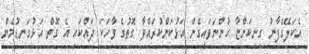
އެކަލޭގެފާނު ގިނިކަންޏާ ހުންނަވައިގެން އަޅުކަންކުރައްވާ ގޮތުގެ ވާހަކަ ދައްކައި އެ ގޮތް އަޅުގަނޑުމެން